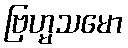
ဗြဟ္မသမော